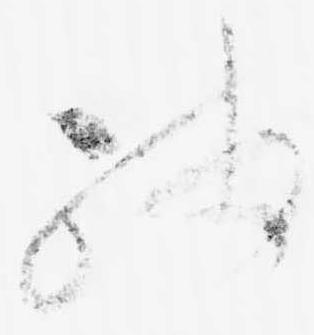
残